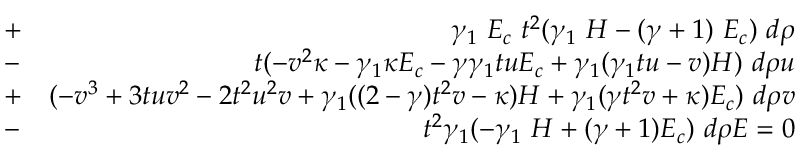
\begin{array} { r l r } & { + } & { \gamma _ { 1 } ~ E _ { c } ~ t ^ { 2 } ( \gamma _ { 1 } ~ H - ( \gamma + 1 ) ~ E _ { c } ) ~ d \rho } \\ & { - } & { t ( - v ^ { 2 } \kappa - \gamma _ { 1 } \kappa E _ { c } - \gamma \gamma _ { 1 } t u E _ { c } + \gamma _ { 1 } ( \gamma _ { 1 } t u - v ) H ) ~ d \rho u } \\ & { + } & { ( - v ^ { 3 } + 3 t u v ^ { 2 } - 2 t ^ { 2 } u ^ { 2 } v + \gamma _ { 1 } ( ( 2 - \gamma ) t ^ { 2 } v - \kappa ) H + \gamma _ { 1 } ( \gamma t ^ { 2 } v + \kappa ) E _ { c } ) ~ d \rho v } \\ & { - } & { t ^ { 2 } \gamma _ { 1 } ( - \gamma _ { 1 } ~ H + ( \gamma + 1 ) E _ { c } ) ~ d \rho E = 0 } \end{array}